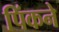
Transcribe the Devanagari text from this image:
पिंकने